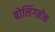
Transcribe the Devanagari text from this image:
बोलिंगब्रोक